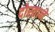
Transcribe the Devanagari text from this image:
दोस्ताने